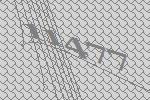
11477